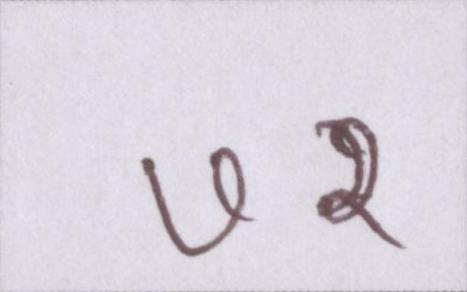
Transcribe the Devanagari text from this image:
७२